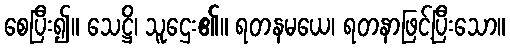
စေပြီး၍။ သေဋ္ဌိ၊ သူဌေး၏။ ရတနမယေ၊ ရတနာဖြင့်ပြီးသော။